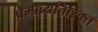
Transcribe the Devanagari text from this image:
प्रेमाव्यतिरिक्त